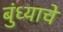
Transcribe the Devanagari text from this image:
बुंध्याचे